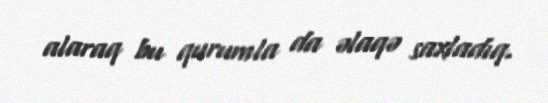
alaraq bu qurumla da əlaqə saxladıq.